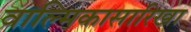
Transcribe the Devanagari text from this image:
वाल्मिकासारिखा